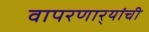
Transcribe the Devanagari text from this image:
वापरणार्‍यांची